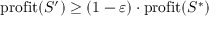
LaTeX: \mathrm { p r o f i t } ( S ^ { \prime } ) \geq ( 1 - \varepsilon ) \cdot \mathrm { p r o f i t } ( S ^ { * } )